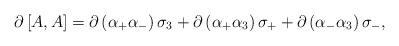
LaTeX: \begin{align*}\partial \,\lbrack A,A\rbrack =\partial \,(\alpha _{+}\alpha _{-})\,\sigma_{3}+\partial \,(\alpha _{+}\alpha _{3})\,\sigma _{+}+\partial \,(\alpha_{-}\alpha _{3})\,\sigma _{-},\end{align*}